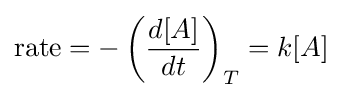
\mathrm {rate} =-\left({\frac {d[A]}{dt}}\right)_{T}=k[A]